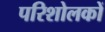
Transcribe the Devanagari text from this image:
परिशोलकों